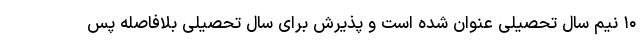
۱۰ نیم سال تحصیلی عنوان شده است و پذیرش برای سال تحصیلی بلافاصله پس